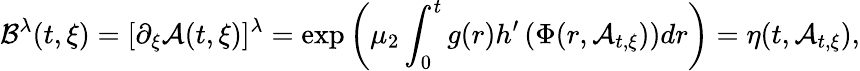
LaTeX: \mathcal{B}^{\lambda}(t,\xi)=[\partial_{\xi}\mathcal{A}(t,\xi)]^{\lambda}=\exp\left(\mu_{2}\int_{0}^{t}g(r)h^{\prime}\left(\Phi(r,\mathcal{A}_{t,\xi}\right))dr\right)=\eta(t,\mathcal{A}_{t,\xi}),